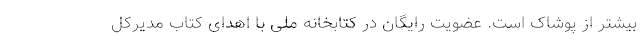
بیشتر از پوشاک است. عضویت رایگان در کتابخانه ملی با اهدای کتاب مدیرکل